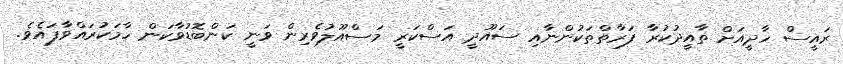
ރައީސް ހާދީއަށް ތާއީދުކުރާ ފަރާތްތަކުންނާއި ސައޫދީ އަސްކަރީ މަސްއޫލުވެރިން ވަނީ ކަންބޮޑުވާކަން ހާމަކުރައްވާފައެވެ.